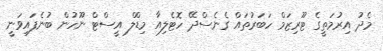
މެދު އިރުމަތީގެ ޓޫރިޒަމް ހަބަރުތައް ގެނެސްދޭ ހޮޓެލިއާ މިޑްލް އީސްޓް ނޫހުން ބުނެފައިވަނީ